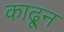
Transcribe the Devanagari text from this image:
काढू्न